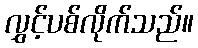
လွှင့်ပစ်လိုက်သည်။